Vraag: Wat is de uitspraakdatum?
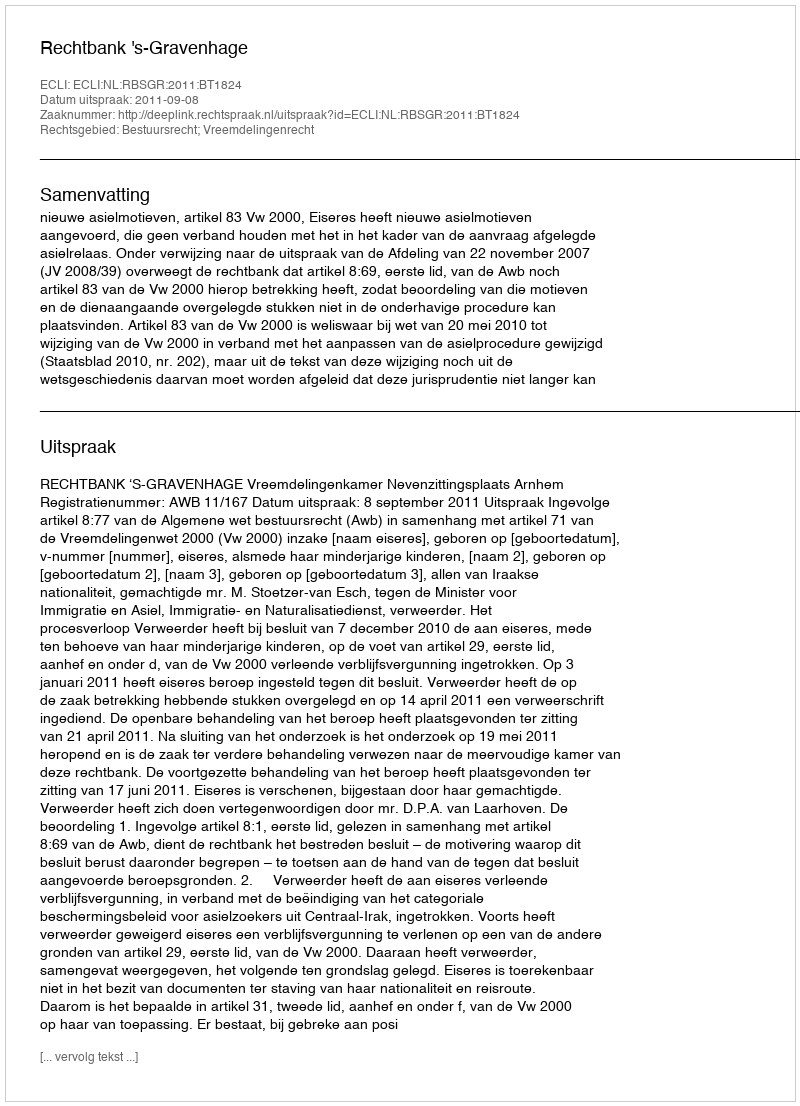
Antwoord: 2011-09-08